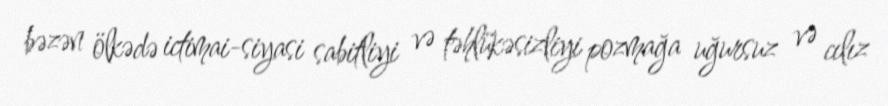
bəzən ölkədə ictimai-siyasi sabitliyi və təhlükəsizliyi pozmağa uğursuz və cılız